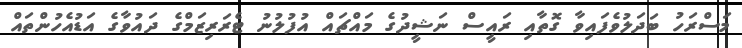
މަސްރަހު ބަދަލުވެފައިވާ ގޮތާއި ރައީސް ނަޝީދުގެ މައްޗައް އުފުލުނު ޓެރަރިޒަމްގެ ދައުވާގެ އަޑުއެހުންތައް